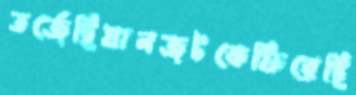
তর্জেছিযানজটকেফিরেছি